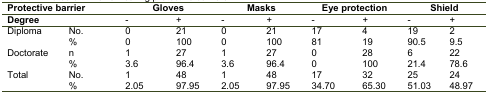
<table><thead><tr><td colspan="2"><b>Protective barrier</b></td><td colspan="2"><b>Gloves</b></td><td colspan="2"><b>Masks</b></td><td colspan="2"><b>Eye protection</b></td><td colspan="2"><b>Shield</b></td></tr><tr><td colspan="2"><b>Degree</b></td><td><b>-</b></td><td><b>+</b></td><td><b>-</b></td><td><b>+</b></td><td><b>-</b></td><td><b>+</b></td><td><b>-</b></td><td><b>+</b></td></tr></thead><tbody><tr><td rowspan="2">Diploma</td><td>No.</td><td>0</td><td>21</td><td>0</td><td>21</td><td>17</td><td>4</td><td>19</td><td>2</td></tr><tr><td>%</td><td>0</td><td>100</td><td>0</td><td>100</td><td>81</td><td>19</td><td>90.5</td><td>9.5</td></tr><tr><td rowspan="2">Doctorate</td><td>n</td><td>1</td><td>27</td><td>1</td><td>27</td><td>0</td><td>28</td><td>6</td><td>22</td></tr><tr><td>%</td><td>3.6</td><td>96.4</td><td>3.6</td><td>96.4</td><td>0</td><td>100</td><td>21.4</td><td>78.6</td></tr><tr><td rowspan="2">Total</td><td>No.</td><td>1</td><td>48</td><td>1</td><td>48</td><td>17</td><td>32</td><td>25</td><td>24</td></tr><tr><td>%</td><td>2.05</td><td>97.95</td><td>2.05</td><td>97.95</td><td>34.70</td><td>65.30</td><td>51.03</td><td>48.97</td></tr></tbody></table>